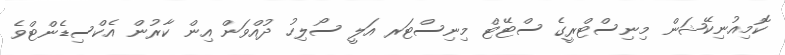
ކޮމިއުނިކޭޝަން މިނިސްޓްރީގެ ސްޓޭޓް މިނިސްޓަރ އަލީ ސޯލިހު ދުއްވަން އިން ކާރުން އެކްސިޑެންޓްވެ